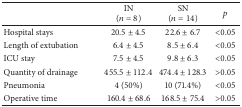
|  | IN(n = 8) | SN(n = 14) | p |
 | --- | --- | --- | --- |
 | Hospital stays | 20.5 ± 4.5 | 22.6 ± 6.7 | <0.05 |
 | Length of extubation | 6.4 ± 4.5 | 8.5 ± 6.4 | <0.05 |
 | ICU stay | 7.5 ± 4.5 | 9.8 ± 6.3 | <0.05 |
 | Quantity of drainage | 455.5 ± 112.4 | 474.4 ± 128.3 | >0.05 |
 | Pneumonia | 4 (50%) | 10 (71.4%) | <0.05 |
 | Operative time | 160.4 ± 68.6 | 168.5 ± 75.4 | >0.05 |